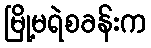
မြို့မရဲစခန်းက